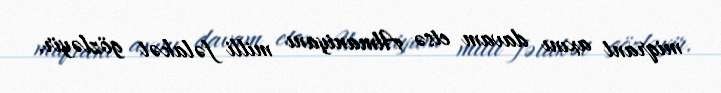
miqrant axını davam etsə Almaniyanı milli fəlakət gözləyir.